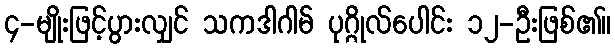
၄-မျိုးဖြင့်ပွားလျှင် သကဒါဂါမ် ပုဂ္ဂိုလ်ပေါင်း ၁၂-ဦးဖြစ်၏။